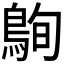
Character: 𪀠